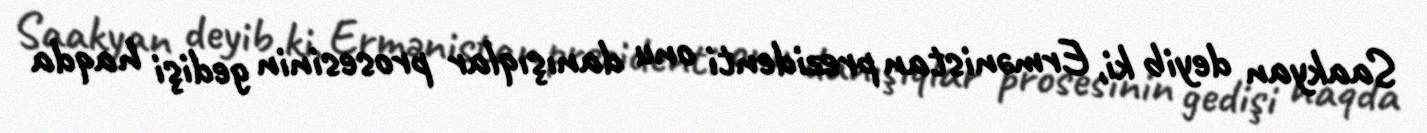
Saakyan deyib ki, Ermənistan prezidenti onu danışıqlar prosesinin gedişi haqda